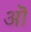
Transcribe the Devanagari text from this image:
अॊ